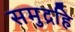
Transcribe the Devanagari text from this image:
समुद्रहि